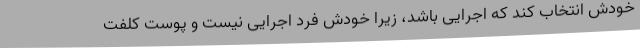
خودش انتخاب کند که اجرایی باشد، زیرا خودش فرد اجرایی نیست و پوست کلفت